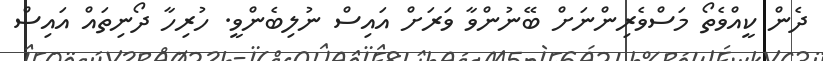
ދެން ކީއްވެތޯ މަސްވެރިންނަށް ބޭނުންވާ ވަރަށް އައިސް ނުލިބެންވީ. ހުރިހާ ދޯނިތައް އައިސް